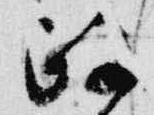
政